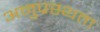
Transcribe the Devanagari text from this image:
अनुप्रस्थता